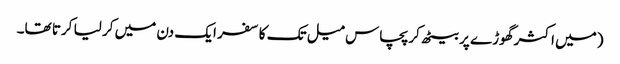
(میں اکثر گھوڑے پر بیٹھ کر پچاس میل تک کا سفر ایک دن میں کر لیا کرتا تھا۔